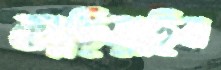
কাড়িয়াছিল